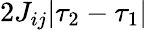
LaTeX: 2J_{ij}|\tau_{2}-\tau_{1}|